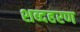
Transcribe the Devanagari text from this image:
शब्दहरण